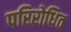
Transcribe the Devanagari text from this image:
परिरोधित